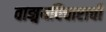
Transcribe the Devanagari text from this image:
वाङ्मयविचाराची